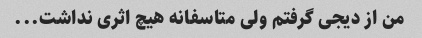
من از دیجی گرفتم ولی متاسفانه هیچ اثری نداشت...